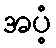
အပံ့